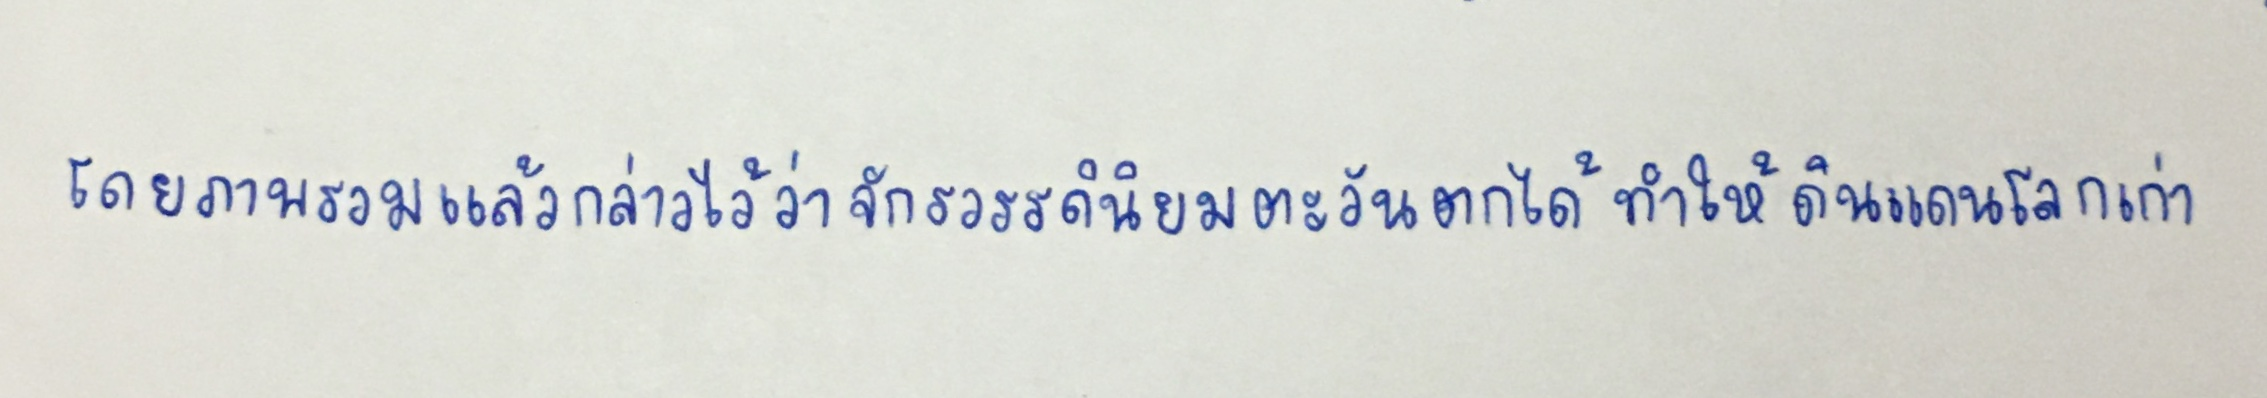
โดยภาพรวมแล้วกล่าวได้ว่าจักรวรรดินิยมตะวันตกได้ทำให้ดินแดนโลกเก่า